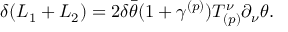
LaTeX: \delta ( L _ { 1 } + L _ { 2 } ) = 2 \delta \bar { \theta } ( 1 + \gamma ^ { ( p ) } ) T _ { ( p ) } ^ { \nu } \partial _ { \nu } \theta .